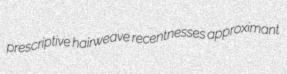
prescriptive hairweave recentnesses approximant